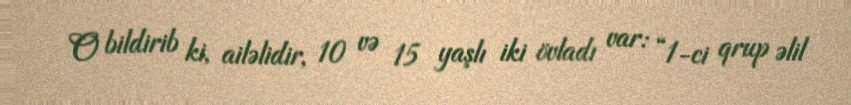
O bildirib ki, ailəlidir, 10 və 15 yaşlı iki övladı var: “1-ci qrup əlil